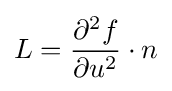
L={\frac {\partial ^{2}f}{\partial u^{2}}}\cdot n